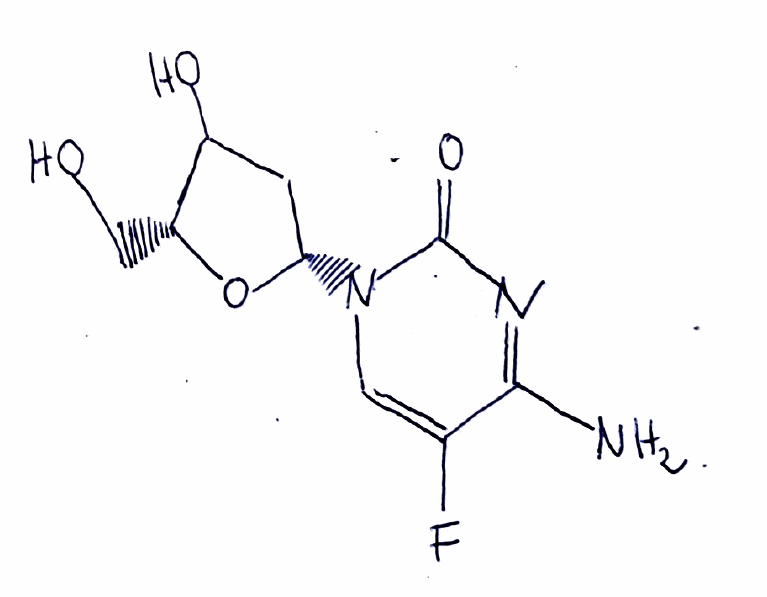
Simplified molecular-input line-entry system (SMILES) notation of the given molecule:
C1[C@@H](O[C@@H](C1O)CO)N2C=C(C(=NC2=O)N)F